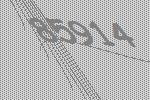
85914